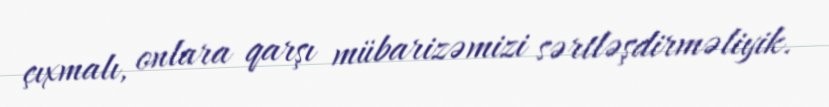
çıxmalı, onlara qarşı mübarizəmizi sərtləşdirməliyik.